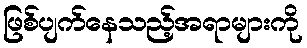
ဖြစ်ပျက်နေသည့်အရာများကို